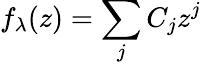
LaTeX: f_{\lambda}(z)=\sum_{j}C_{j}z^{j}